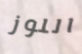
اللوز